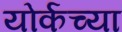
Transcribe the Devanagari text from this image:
योर्कच्या